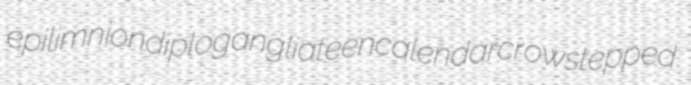
epilimnion diplogangliate encalendar crowstepped